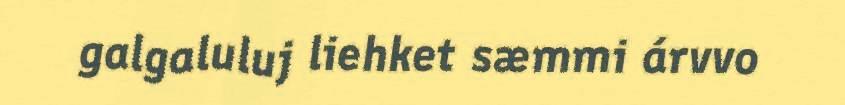
galgaluluj liehket sæmmi árvvo